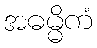
အဓမ္မိကံ